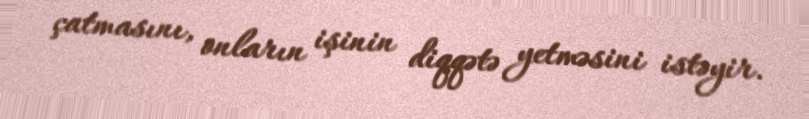
çatmasını, onların işinin diqqətə yetməsini istəyir.